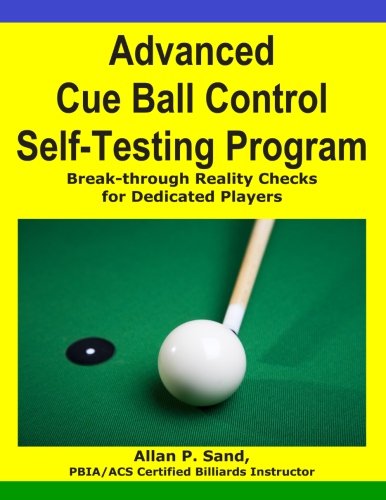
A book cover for Advanced Cue Ball Control Self-Testing Program: Break-through reality checks for dedicated players; Allan P. Sand; Sports & Outdoors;